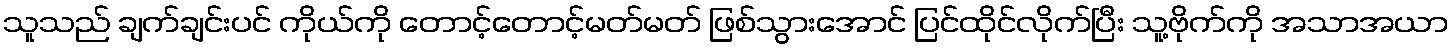
သူသည် ချက်ချင်းပင် ကိုယ်ကို တောင့်တောင့်မတ်မတ် ဖြစ်သွားအောင် ပြင်ထိုင်လိုက်ပြီး သူ့ဗိုက်ကို အသာအယာ